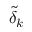
\tilde { \delta } _ { k }